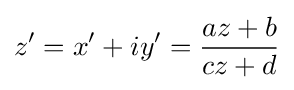
z'=x'+iy'={\frac {az+b}{cz+d}}